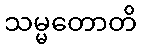
သမ္မတောတိ